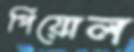
পিয়োল